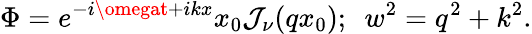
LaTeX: \Phi=e^{-i\omegat+ikx}x_{0}\mathcal{J}_{\nu}(qx_{0});\ \ w^{2}=q^{2}+k^{2}.